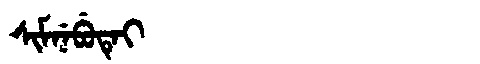
Manchu: ᠰᡳᠮᠨᡝᠪᡠᡨᡝᡳ
Romanization: SIMNEBUTEI